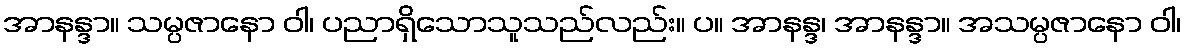
အာနန္ဒာ။ သမ္ပဇာနော ဝါ၊ ပညာရှိသောသူသည်လည်း။ ပ။ အာနန္ဒ၊ အာနန္ဒာ။ အသမ္ပဇာနော ဝါ၊